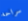
سراحه